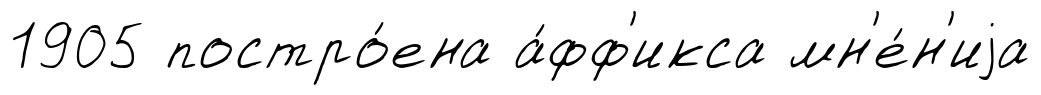
1905 постро́ена а́фф'икса мн'е́н'иjа